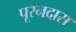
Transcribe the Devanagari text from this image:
पूरनदास